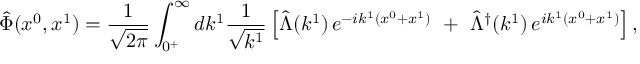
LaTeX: \hat { \Phi } ( x ^ { 0 } , x ^ { 1 } ) = \frac { 1 } { \sqrt { 2 \pi } } \int _ { 0 ^ { + } } ^ { \infty } d k ^ { 1 } \frac { 1 } { \sqrt { k ^ { 1 } } } \left[ \hat { \Lambda } ( k ^ { 1 } ) \, e ^ { - i k ^ { 1 } ( x ^ { 0 } + x ^ { 1 } ) } \, \, + \, \, \hat { \Lambda } ^ { \dagger } ( k ^ { 1 } ) \, e ^ { i k ^ { 1 } ( x ^ { 0 } + x ^ { 1 } ) } \right] ,